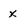
Character: x